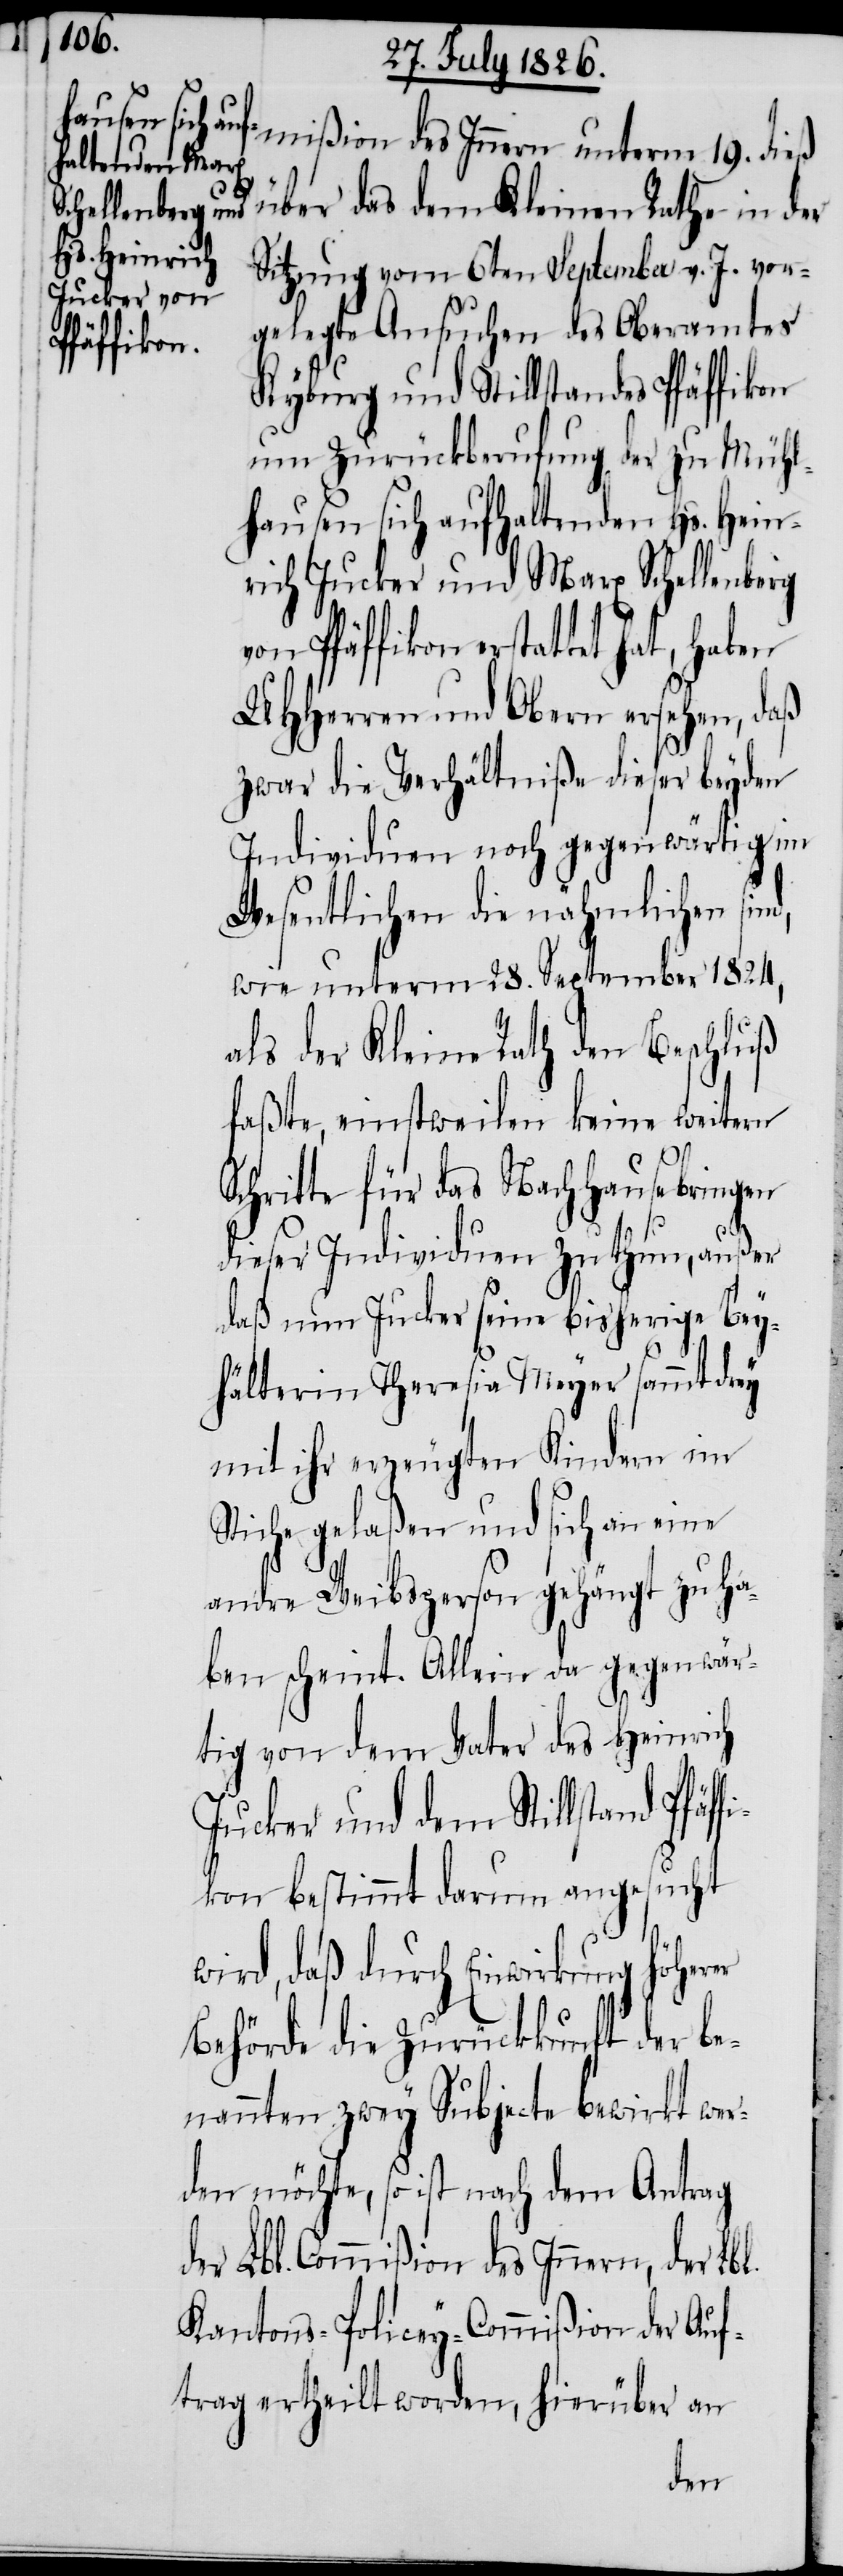
mißion des Innern unterm 19. dieß
über das dem Kleinen Rathe in der
Sitzung vom 6ten September v. J. vor¬
gelegte Ansuchen des Oberamtes
Kyburg und Stillstandes Pfäffikon
um Zurückberufung der zu Mühl¬
hausen sich aufhaltenden Hs. Hein¬
rich Jucker und Max Schellenberg
von Pfäffikon erstattet hat,
MHHerren und Obern ersehen, daß
zwar die Verhöre dieser beyden
Individuen noch gegenwärtig im
Wesentlichen die nähmlichen sind,
wie unterm 28. September 1824,
als der Kleine Rath den Beschluß
faßte, einstweilen keine weitern
Schritte für das Nachhausebringen
ffi¬
dieser Individuen zu thun, außer
daß nun Jucker seine bisherige Bey¬
hälterin Theresia Meyer sammt drey
mit ihr erzeugten Kindern im
Stiche gelaßen und sich an eine
andre Weibsperson gehängt zu ha¬
ben scheint. Allein da gegenwär¬
tig von dem Vater des Heinrich
Jucker und dem Stillstande Pfä¬
kon bestimmt darum angesucht
wird, daß durch Einwirkung höherer
Behörde die Zurückkunft der be¬
nannten zwey Subjecte bewirkt wer¬
den möchte, so ist nach dem Antrag
der Lbl. Commißion des Innern, der Lbl.
Kantons-Policey-Commißion der Auf¬
trag ertheilt worden, hierüber an